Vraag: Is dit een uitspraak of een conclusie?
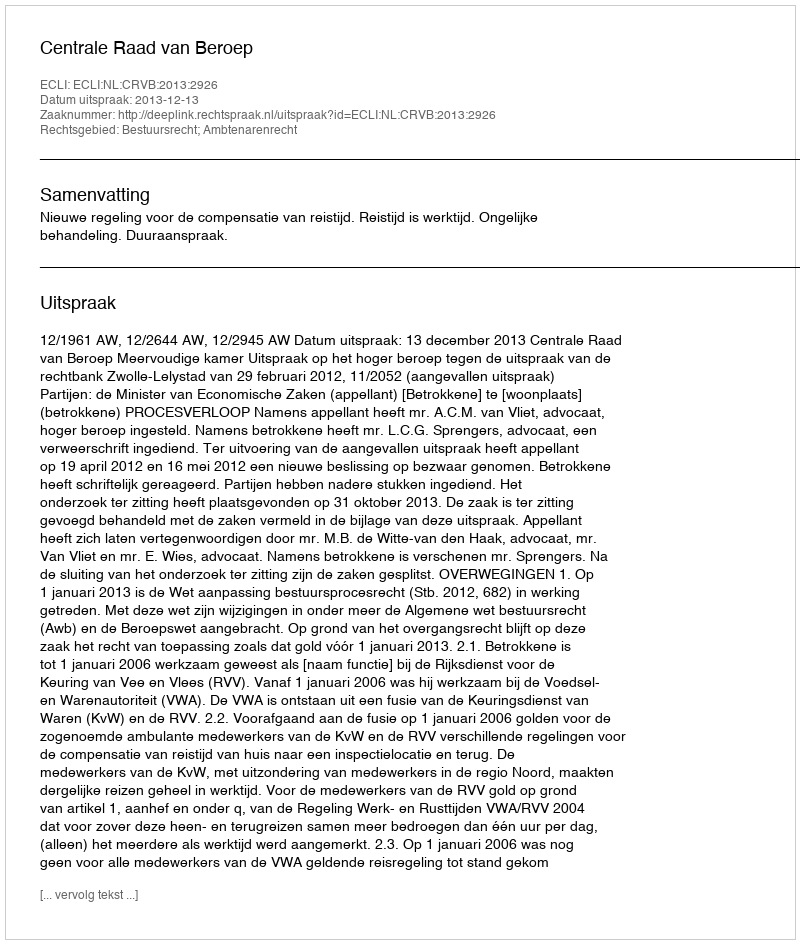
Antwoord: Uitspraak